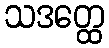
သဒတ္ထေ